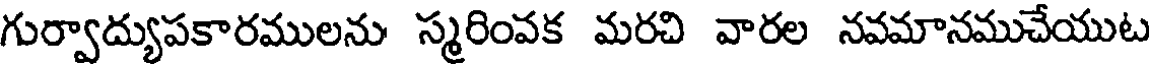
గుర్వాద్యుపకారములను స్మరింవక మరచి వారల నవమానముచేయుట